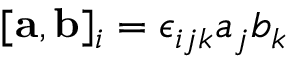
[ { \bf a } , { \bf b } ] _ { i } = \epsilon _ { i j k } a _ { j } b _ { k }